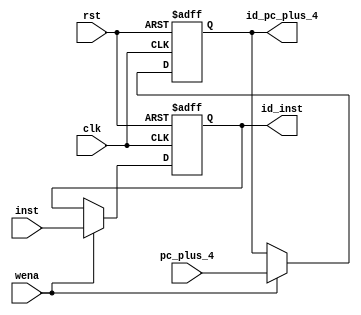
`timescale 1ns / 1ps
//////////////////////////////////////////////////////////////////////////////////
// Company: 
// Engineer: 
// 
// Design Name: 
// Module Name: IF_ID
// Project Name: 
// Target Devices: 
// Tool Versions: 
// Description: 
// 
// Dependencies: 
// 
// Revision:
// Revision 0.01 - File Created
// Additional Comments:
// 
//////////////////////////////////////////////////////////////////////////////////

/***************************************
IF/IDpc+4
***************************************/

module IF_ID(
    input clk,
    input rst,
    input wena,
    //IF
    input [31:0] pc_plus_4,
    input [31:0] inst,
    //ID
    output reg [31:0] id_pc_plus_4,
    output reg [31:0] id_inst
    );

    always @ (posedge clk or posedge rst) begin
        if (rst) begin
            id_pc_plus_4 <= 32'h0000_0000;
            id_inst <=32'b0000_0000;
        end
        else if (wena) begin
            id_pc_plus_4 <= pc_plus_4;
            id_inst <= inst;
        end
        else begin
            id_pc_plus_4 <= id_pc_plus_4;
            id_inst <= id_inst;
        end
    end
    
endmodule